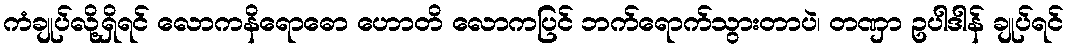
ကံချုပ်လို့ရှိရင် လောကနိရောဓော ဟောတိ လောကပြင် ဘက်ရောက်သွားတာပဲ၊ တဏှာ ဥပါဒါန် ချုပ်ရင်